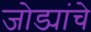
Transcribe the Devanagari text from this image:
जोड्यांचे